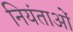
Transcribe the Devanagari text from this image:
नियंताओं